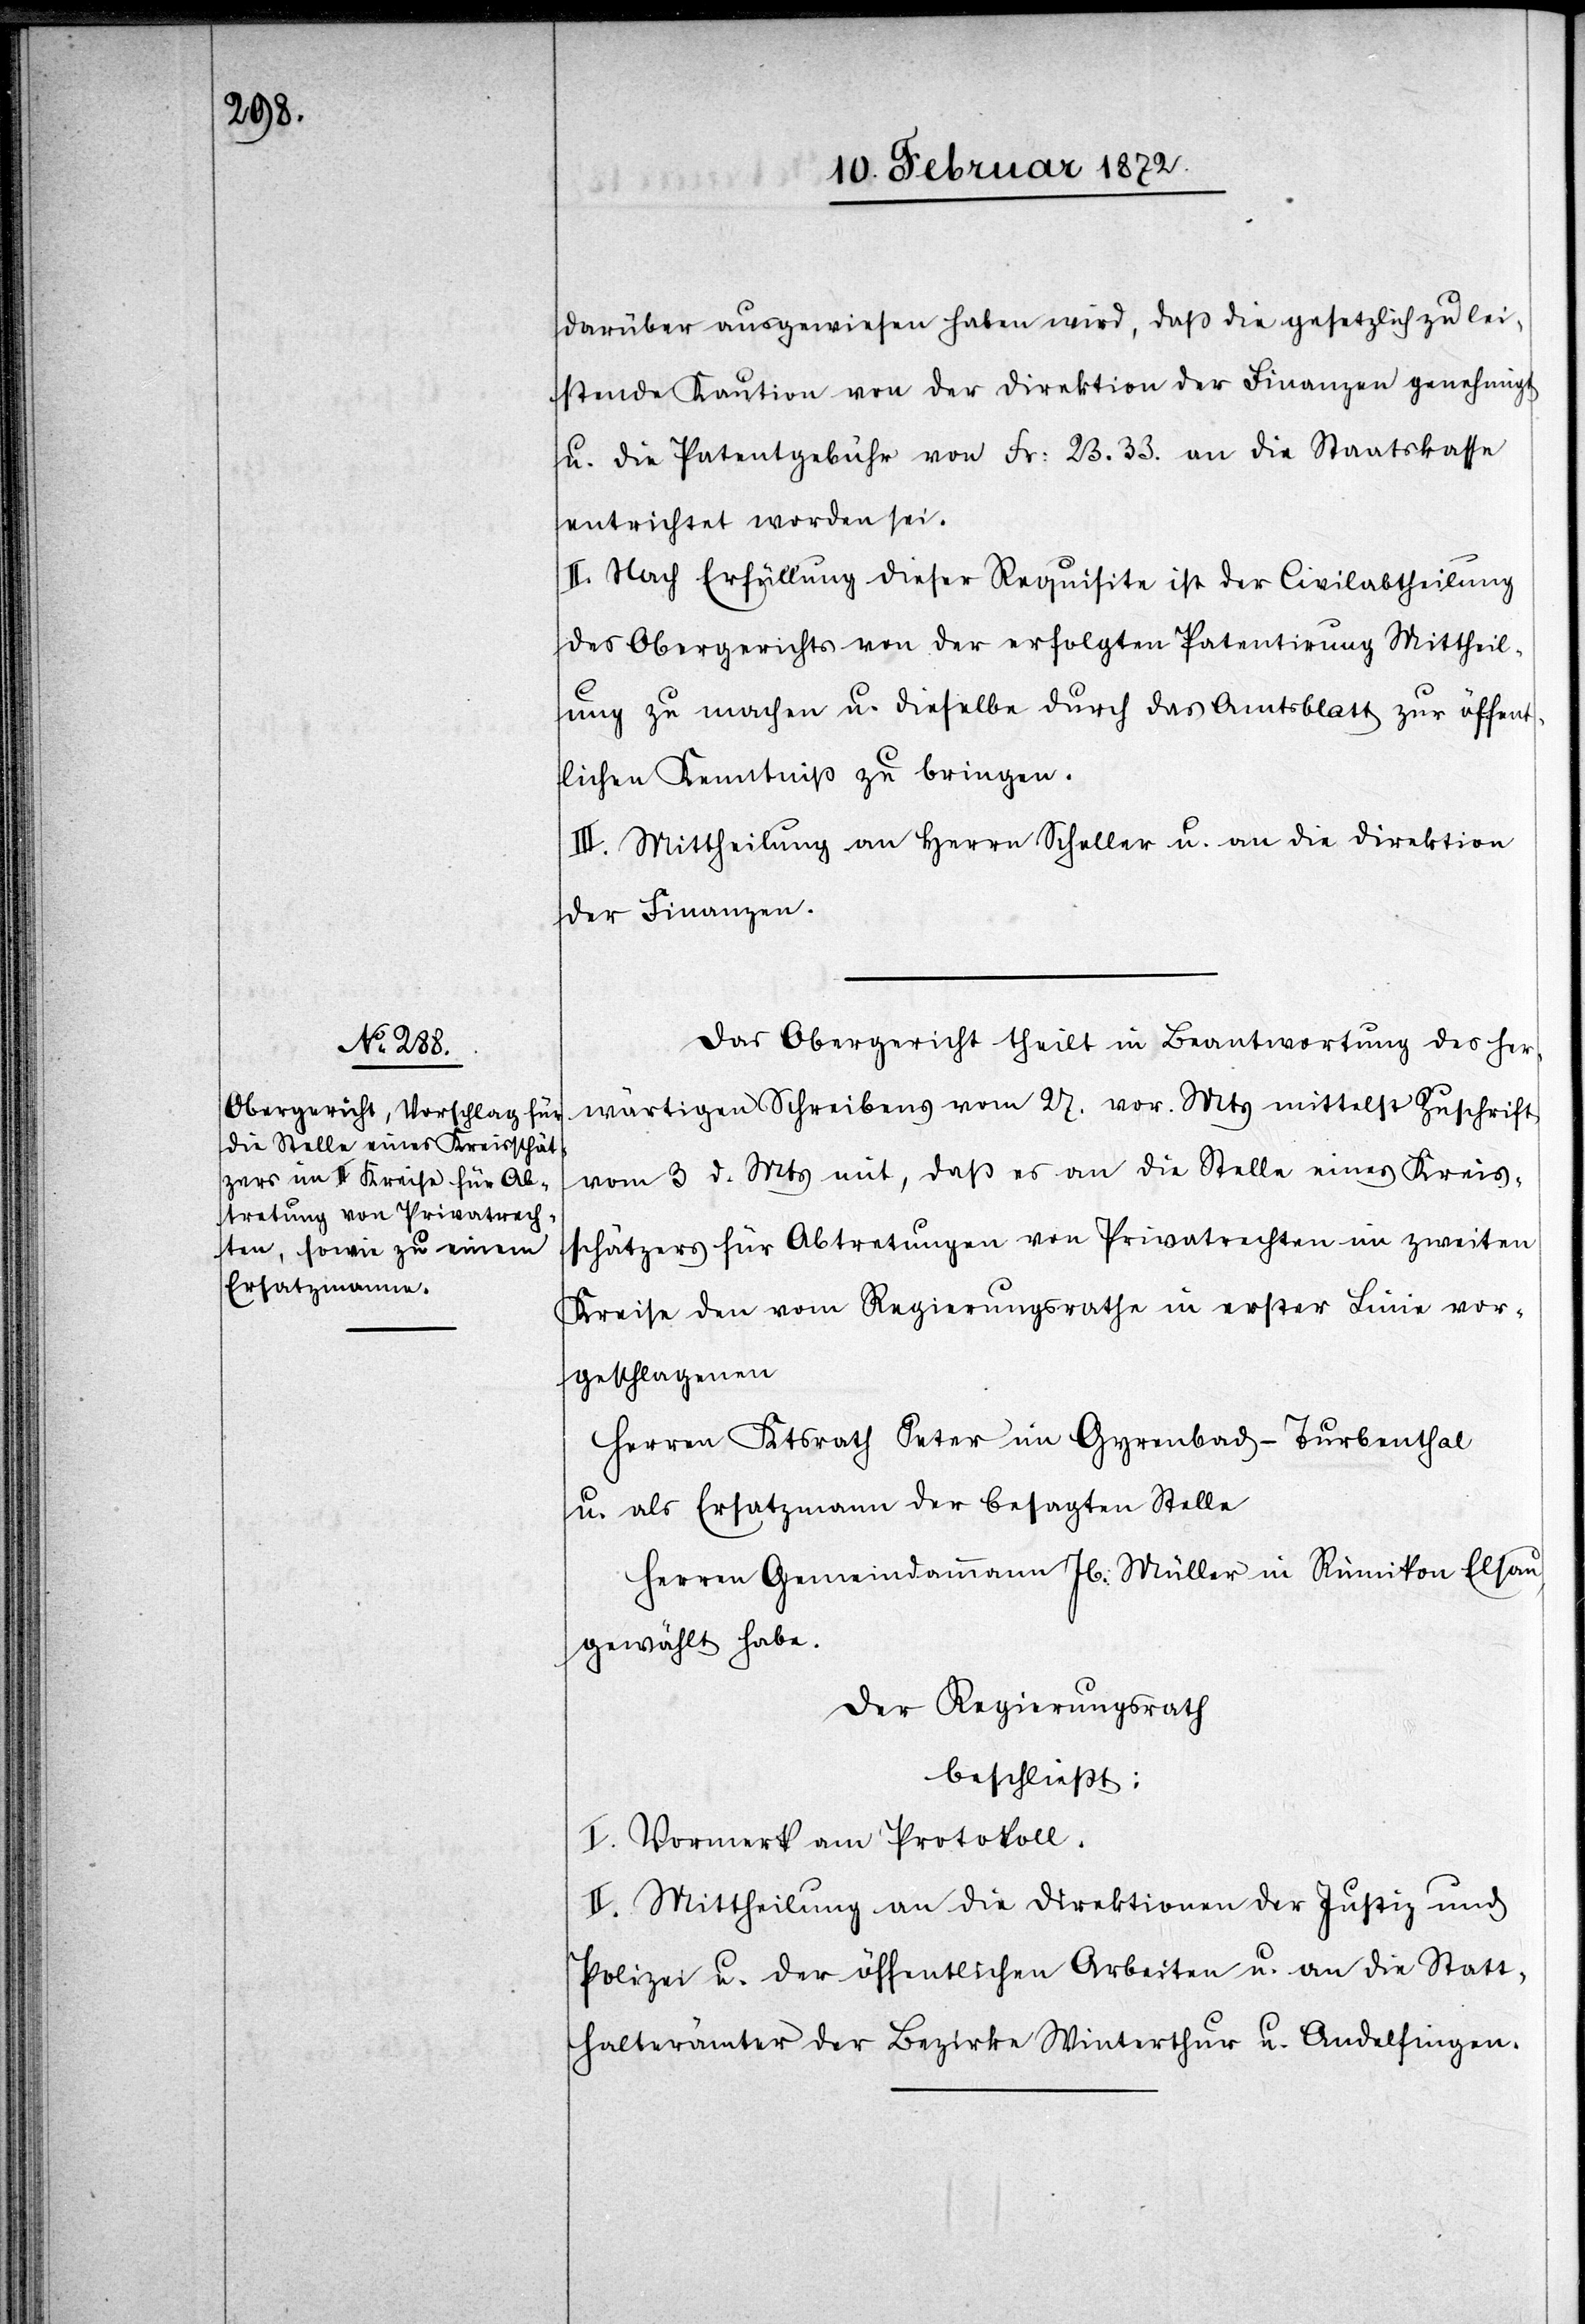
darüber ausgewiesen haben wird, daß die gesetzlich zu lei¬
stende Kaution von der Direktion der Finanzen genehmigt
u. die Patentgebühr von Fr. 23.33. an die Staatskasse
entrichtet worden sei.
II. Nach Erfüllung dieser Requisite ist der Civilabtheilung
des Obergerichtes von der erfolgten Patentirung Mittheil¬
ung zu machen u. dieselbe durch das Amtsblatt zur öffent¬
lichen Kenntniß zu bringen.
III. Mittheilung an Herren Scheller u. an die Direktion
der Finanzen.
Das Obergericht theilt in Beantwortung des her¬
wärtigen Schreibens vom 27. vor. Mts mittelst Zuschrift
vom 3. d. Mts mit, daß er an die Stelle eines Kreis¬
schätzers für Abtretungen von Privatrechten im zweiten
Kreise den vom Regierungsrathe in erster Linie vor¬
geschlagenen
Herren Ktsrath Peter im Gyrenbad-Turbenthal
u. als Ersatzmann der besagten Stelle
Herren Gemeindammann Jb. Müller in Rümikon Elsau,
gewählt habe.
Der Regierungsrath
beschließt:
I. Vormerk am Protokoll.
II. Mittheilung an die Direktionen der Justiz und
Polizei u. der öffentlichen Arbeiten u. an die Statt¬
halterämter der Bezirke Winterthur u. Andelfingen.